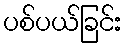
ပစ်ပယ်ခြင်း